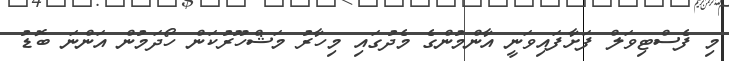
މި ފެސްޓިވަލް ފަށާފައިވަނީ އާންމުންގެ މެދުގައި މިހާރު މަޝްހޫރުކަން ހޯދަމުން އަންނަ ބޮޑު